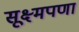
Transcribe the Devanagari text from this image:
सूक्ष्मपणा